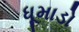
ધૂમાડો